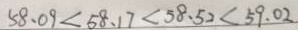
5 8 . 0 9 < 5 8 . 1 7 < 5 8 . 5 2 < 5 9 . 0 2